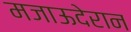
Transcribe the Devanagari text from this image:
मजाऊदेरान